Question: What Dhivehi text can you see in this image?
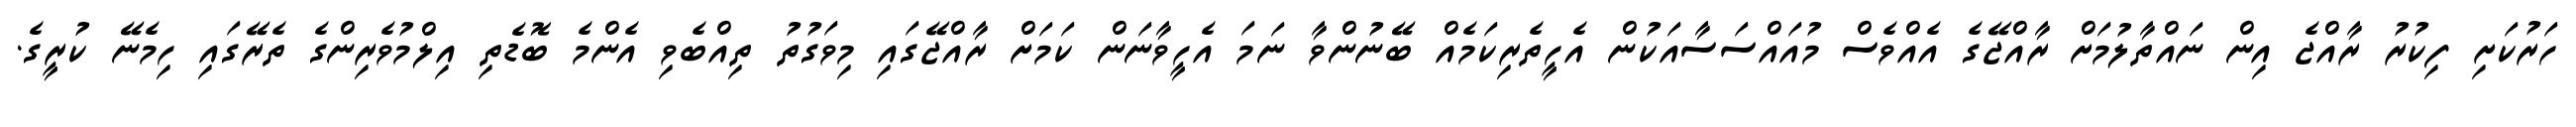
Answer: ހަރުކަށި ފިކުރު ރާއްޖެ އިން ނައްތާލުމަށް ރާއްޖޭގެ އެއްވެސް މުއައްސަސާއަކުން އެހީތެރިކަމެއް ބޭނުންވާ ނަމަ އެހީވާނަން ކަމަށް ރާއްޖޭގައި މިވަގުތު ތިއްބެވި އެންމެ ބޮޑެތި އިލްމުވެރިންގެ ތެރޭގައި ހިމެނޭ ކުރީގެ.